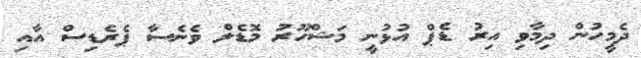
ދެމީހުން ދިމާވި އިރު ޑެޕް އުޅުނީ މަޝްހޫރު މޮޑެލް ވެނެސާ ޕެރެޑިސް އާއި